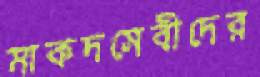
মাকদসেবীদের